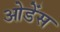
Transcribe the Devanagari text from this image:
ओडेंस